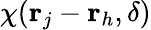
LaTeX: \chi({\mathbf r}_{j}-{\mathbf r}_{h},\delta)